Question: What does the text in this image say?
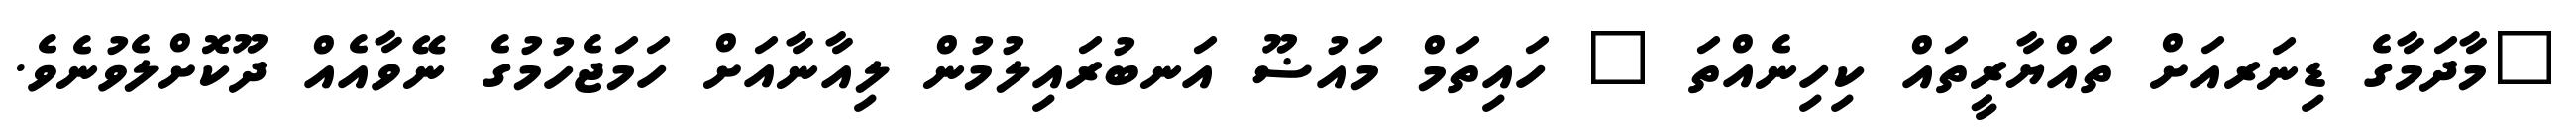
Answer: "މާދަމާގެ ޑިނަރއަށް ތައްޔާރީތައް ކިހިނެއްތަ " ހައިތަމް މައުޟޫ އަނބުރައިލުމުން ލިއާނާއަށް ހަމަޖެހުމުގެ ނޭވާއެއް ދޫކޮށްލެވުނެވެ.